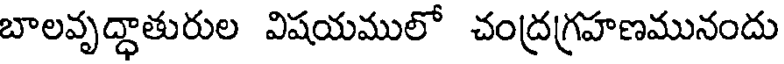
బాలవృద్ధాతురుల విషయములో చంద్రగ్రహణమునందు